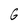
Character: G